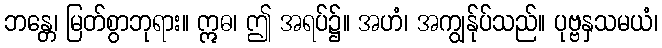
ဘန္တေ၊ မြတ်စွာဘုရား။ ဣဓ၊ ဤ အရပ်၌။ အဟံ၊ အကျွန်ုပ်သည်။ ပုဗ္ဗနှသမယံ၊